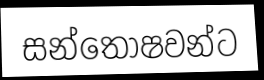
සන්තෝෂවන්ට